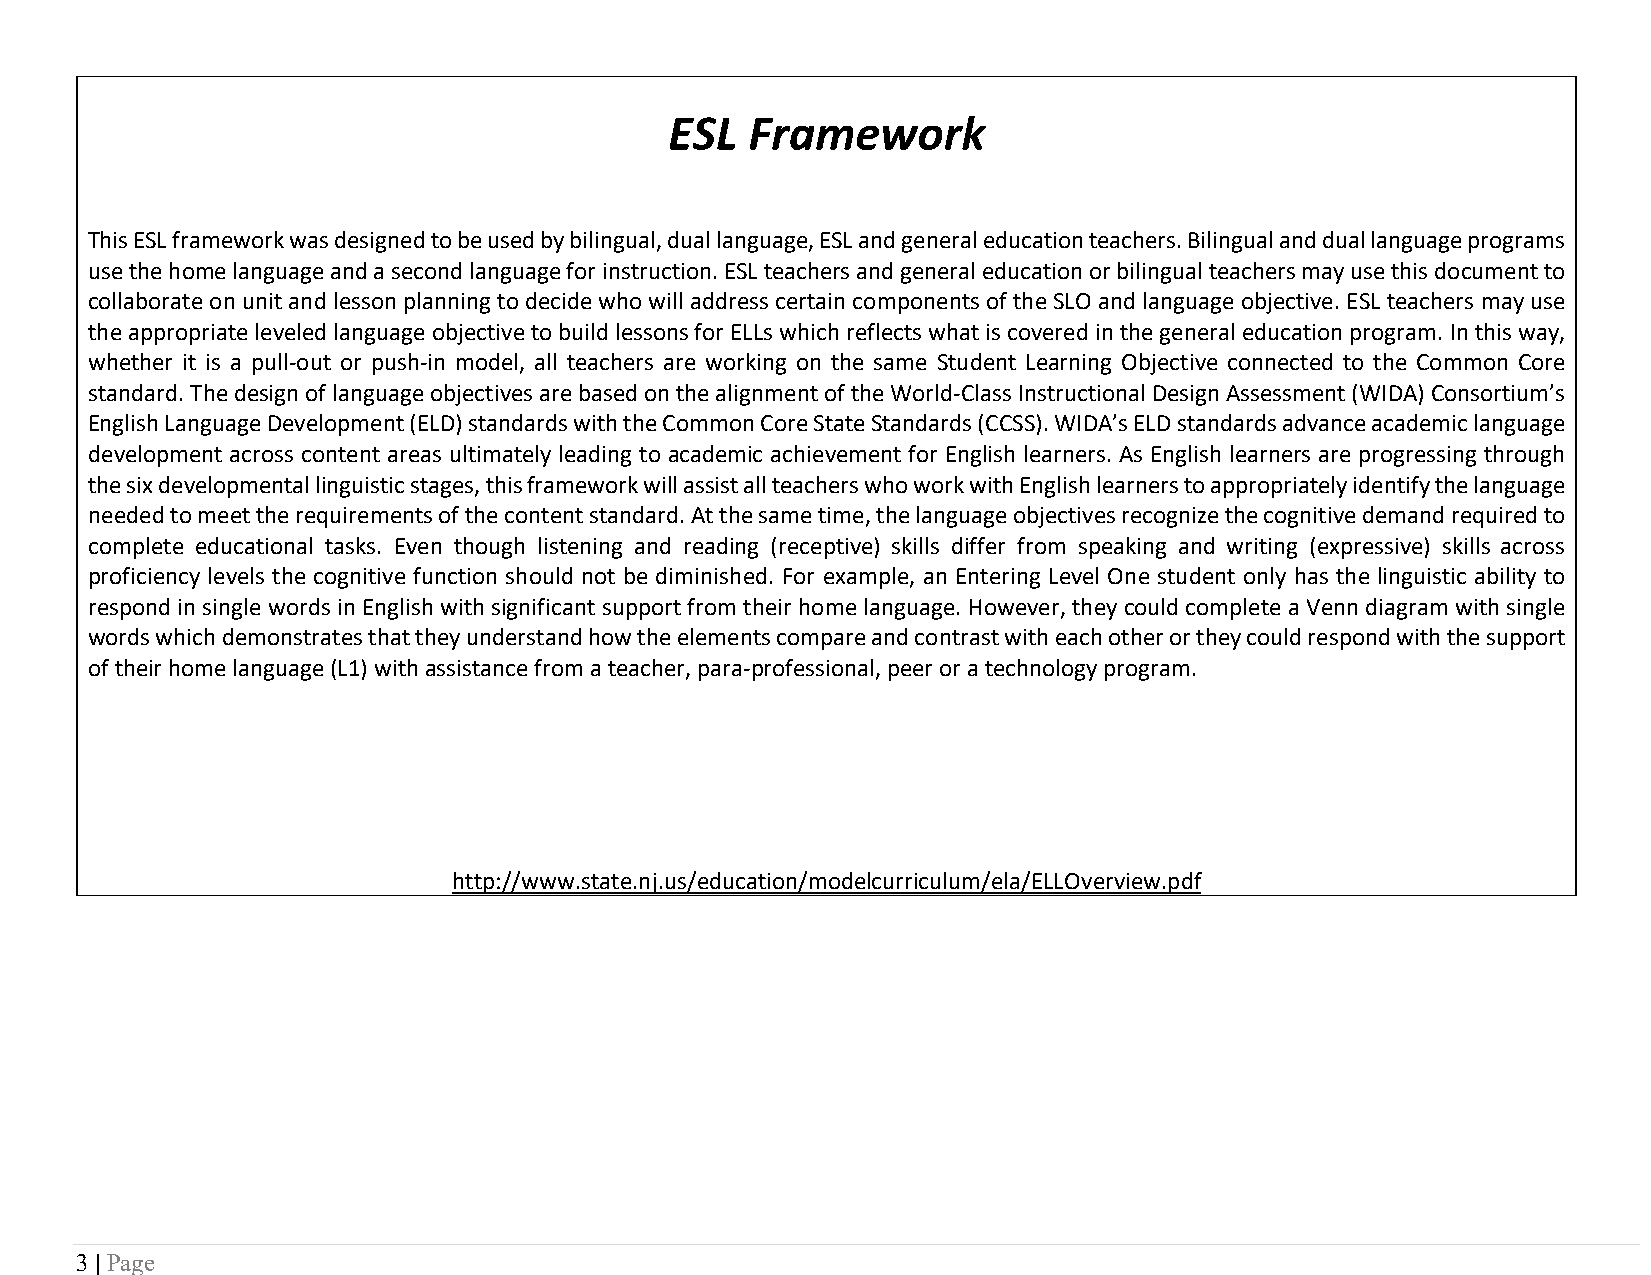
ESL   Framework
 This ESL framework was designed to be used by bilingual, dual language, ESL and general education teachers. Bilingual and dual language programs
 use the home language and a second language for instruction. ESL teachers and general education or bilingual teachers may use this document to
 collaborate on unit and lesson planning to decide who will address certain components of the SLO and language objective. ESL teachers may use
 the appropriate leveled language objective to build lessons for ELLs which reflects what is covered in the general education program. In this way,
 whether it is a pull-out or push-in model, all teachers are working on the same Student Learning Objective connected to the Common Core
 standard. The design of language objectives are based on the alignment of the World-Class Instructional Design Assessment (WIDA) Consortium’s
 English Language Development (ELD) standards with the Common Core State Standards (CCSS). WIDA’s ELD standards advance academic language
 development across content areas ultimately leading to academic achievement for English learners. As English learners are progressing through
 the six developmental linguistic stages, this framework will assist all teachers who work with English learners to appropriately identify the language
 needed to meet the requirements of the content standard. At the same time, the language objectives recognize the cognitive demand required to
 complete educational tasks. Even though listening and reading (receptive) skills differ from speaking and writing (expressive) skills across
 proficiency levels the cognitive function should not be diminished. For example, an Entering Level One student only has the linguistic ability to
 respond in single words in English with significant support from their home language. However, they could complete a Venn diagram with single
 words which demonstrates that they understand how the elements compare and contrast with each other or they could respond with the support
 of their home language (L1) with assistance from a teacher, para-professional, peer or a technology program.
 http://www.state.nj.us/education/modelcurriculum/ela/ELLOverview.pdf
 3 | Page